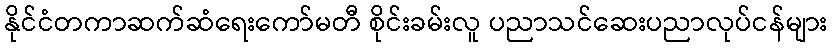
နိုင်ငံတကာဆက်ဆံရေးကော်မတီ စိုင်းခမ်းလူ ပညာသင်ဆေးပညာလုပ်ငန်များ